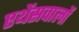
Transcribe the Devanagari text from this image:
एथेंसवालों